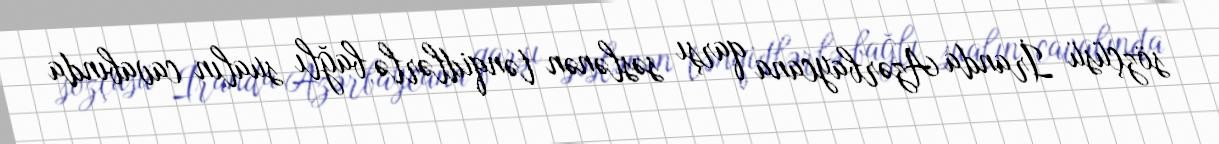
sözçüsü İranda Azərbaycana qarşı səslənən tənqidlərlə bağlı sualın cavabında